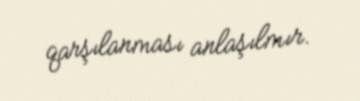
qarşılanması anlaşılmır.